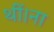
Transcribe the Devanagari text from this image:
थीं।ना